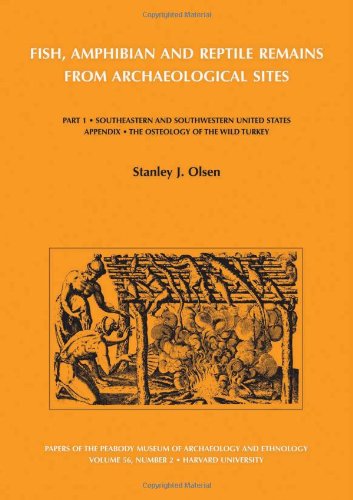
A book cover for Fish, Amphibian and Reptile Remains from Archaeological Sites: Part 1, Southeastern and Southwestern United States; Stanley J. Olsen; Science & Math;